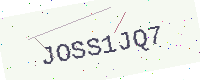
Text: JOSS1JQ7